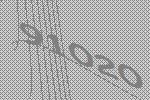
91020